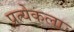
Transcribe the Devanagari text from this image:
प्रत्येकला